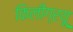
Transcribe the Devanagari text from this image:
किलीग्रयू